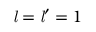
{ \mathit { l } } = { \mathit { l } } ^ { \prime } = 1